Language: tamil
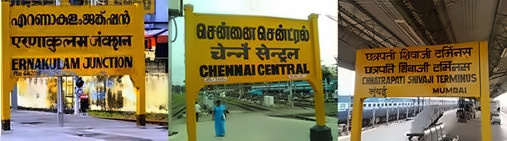
Transcription: சென்னை சென்ட்ரல்